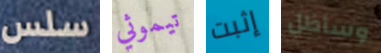
سلس تيموثي إثبت وسأظل